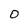
Character: O